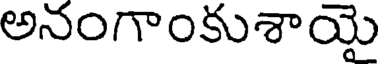
అనంగాంకుశాయై